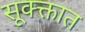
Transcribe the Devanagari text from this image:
सूक्क्तात